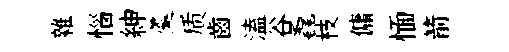
雜惱紳羮质齒溘谷毳枝傭愐箭